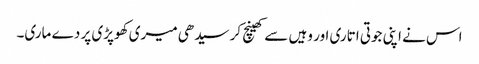
اس نے اپنی جوتی اتاری اور وہیں سے کھینچ کر سیدھی میری کھوپڑی پر دے ماری۔